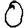
Digit: 0